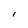
Character: l